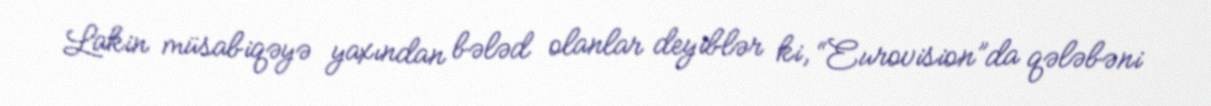
Lakin müsabiqəyə yaxından bələd olanlar deyiblər ki, “Eurovision”da qələbəni